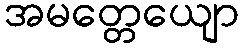
အမတ္တေယျော